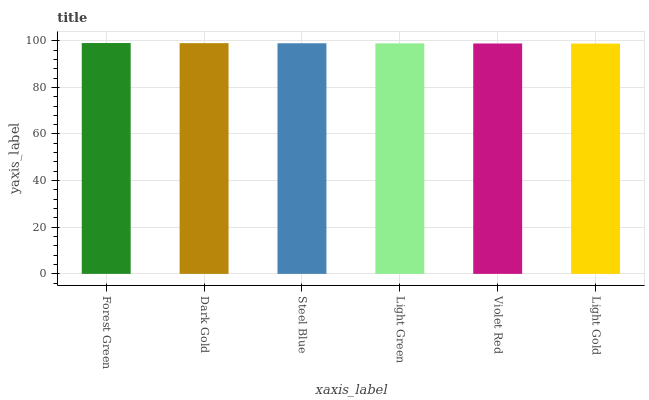
| xaxis_label | bars |
 | --- | --- |
 | Forest Green | 99 |
 | Dark Gold | 99 |
 | Steel Blue | 98.9 |
 | Light Green | 98.9 |
 | Violet Red | 98.8 |
 | Light Gold | 98.8 |